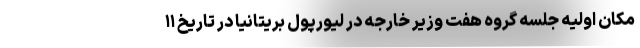
مکان اولیه جلسه گروه هفت وزیر خارجه در لیورپول بریتانیا در تاریخ ۱۱